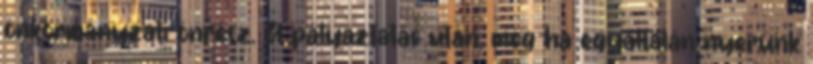
önkormányzati önrész. A pályáztatás után, még ha egyáltalán nyerünk